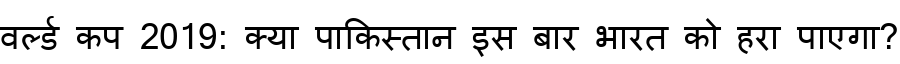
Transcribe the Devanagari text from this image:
वर्ल्ड कप 2019: क्या पाकिस्तान इस बार भारत को हरा पाएगा?